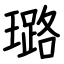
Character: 璐